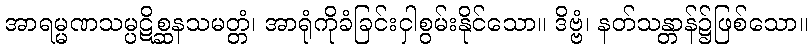
အာရမ္မဏသမ္ပဋိစ္ဆနသမတ္တံ၊ အာရုံကိုခံခြင်းငှါစွမ်းနိုင်သော။ ဒိဗ္ဗံ၊ နတ်သန္တာန်၌ဖြစ်သော။